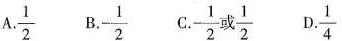
A. \frac{1}{2} B. - \frac{1}{2} C. -\frac{1}{2}或\frac{1}{2} D.\frac{1}{4}